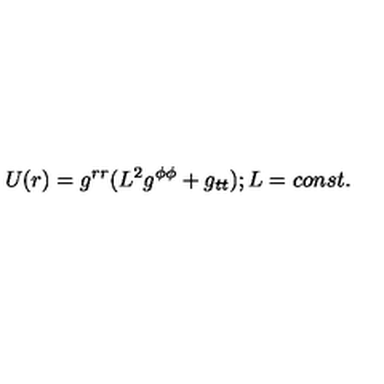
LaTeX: U ( r ) = g ^ { r r } ( L ^ { 2 } g ^ { \phi \phi } + g _ { t t } ) ; L = c o n s t .